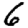
Digit: 6